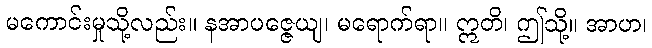
မကောင်းမှုသို့လည်း။ နအာပဇ္ဇေယျ၊ မရောက်ရာ။ ဣတိ၊ ဤသို့။ အာဟ၊